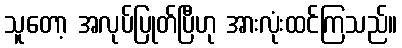
သူတော့ အလုပ်ပြုတ်ပြီဟု အားလုံးထင်ကြသည်။